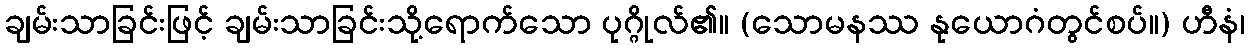
ချမ်းသာခြင်းဖြင့် ချမ်းသာခြင်းသို့ရောက်သော ပုဂ္ဂိုလ်၏။ (သောမနဿ နုယောဂံတွင်စပ်။) ဟီနံ၊